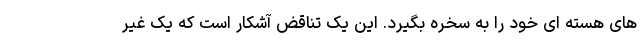
های هسته ای خود را به سخره بگیرد. این یک تناقض آشکار است که یک غیر